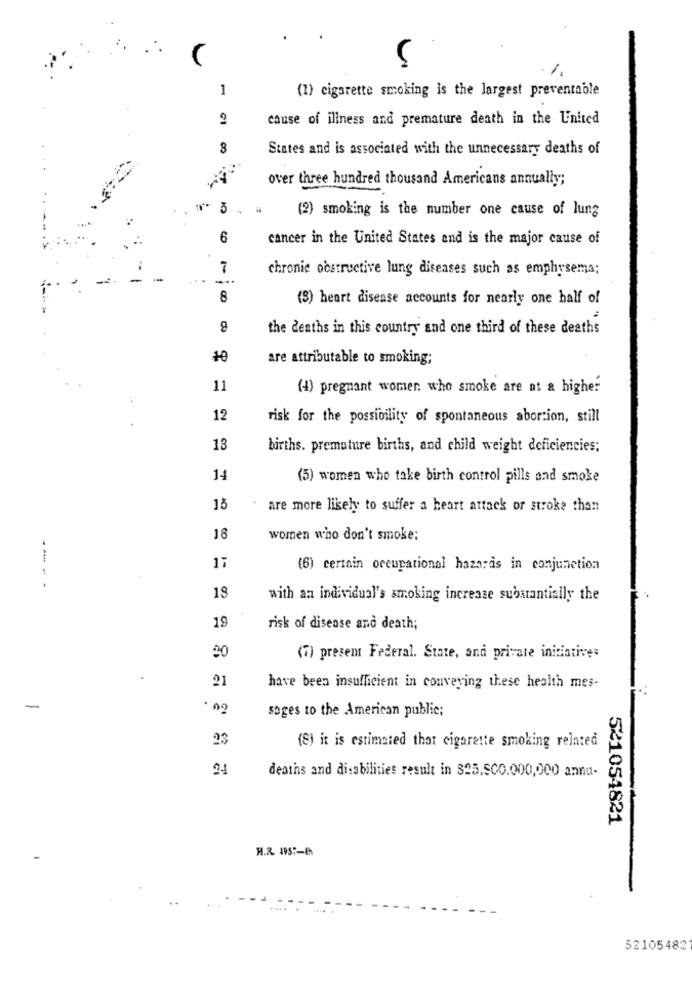
1
(1) cigarette smoking is the largest preventable
2
cause of illness and premature death in the United
8
States and is associated with the unnecessary deaths of
over three hundred thousand Americans annually;
3
(2) smoking is the number one cause of lung
6
cancer in the United States and is the major cause of
7
chronie obstructive lung diseases such as emphysema;
-..
8
(S) heart disease accounts for nearly one half of
the deaths in this country and one third of these deaths
10
are attributable to smoking;
11
(4) pregnant women who smoke are at a higher
12
risk for the possibility of spontaneous abortion, still
13
births. premature births, and child weight deficiencies;
14
(5) women who take birth control pills and smoke
15
are more lisely to suffer a heart attack or stroke than
18
women who don't smoke;
17
(6) certain occupational hazards in conjunction
--- - -
18
with an individual's smoking increase substantially the
19
risk of disease and death;
20
(7) present Federal. State, and private initiative:
21
have been insufficient in conveying these health mes-
-
soges to the American public;
23
(8) it is estimated that cigarette smoking related
24
deaths and disabilities result in 325.500.000,000 annu-
521054821
H.R. 195 :- 8
52105482